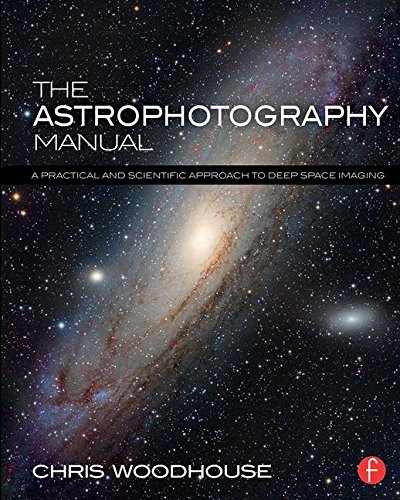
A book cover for The Astrophotography Manual: A Practical and Scientific Approach to Deep Space Imaging; Chris Woodhouse; Science & Math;